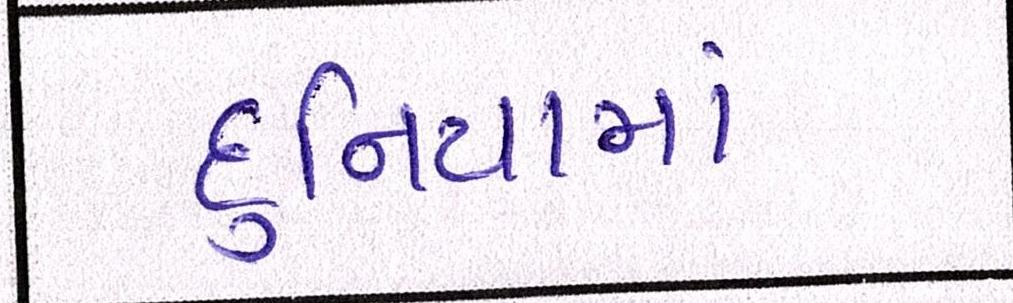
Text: દુનિયામાં